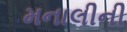
મનાલીની